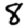
Digit: 8